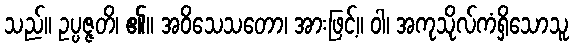
သည်။ ဥပ္ပဇ္ဇတိ၊ ၏။ အဝိသေသတော၊ အားဖြင့်။ ဝါ၊ အကုသိုလ်ကံရှိသောသူ